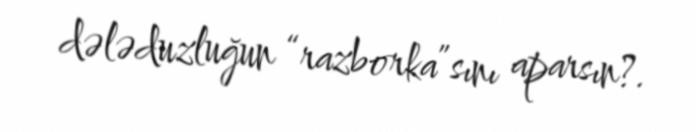
dələduzluğun “razborka”sını aparsın?.